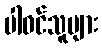
ပါဝင်သူများ